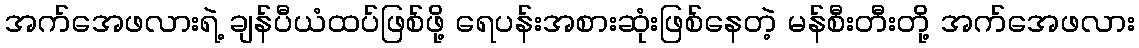
အက်အေဖလားရဲ့ ချန်ပီယံထပ်ဖြစ်ဖို့ ရေပန်းအစားဆုံးဖြစ်နေတဲ့ မန်စီးတီးတို့ အက်အေဖလား